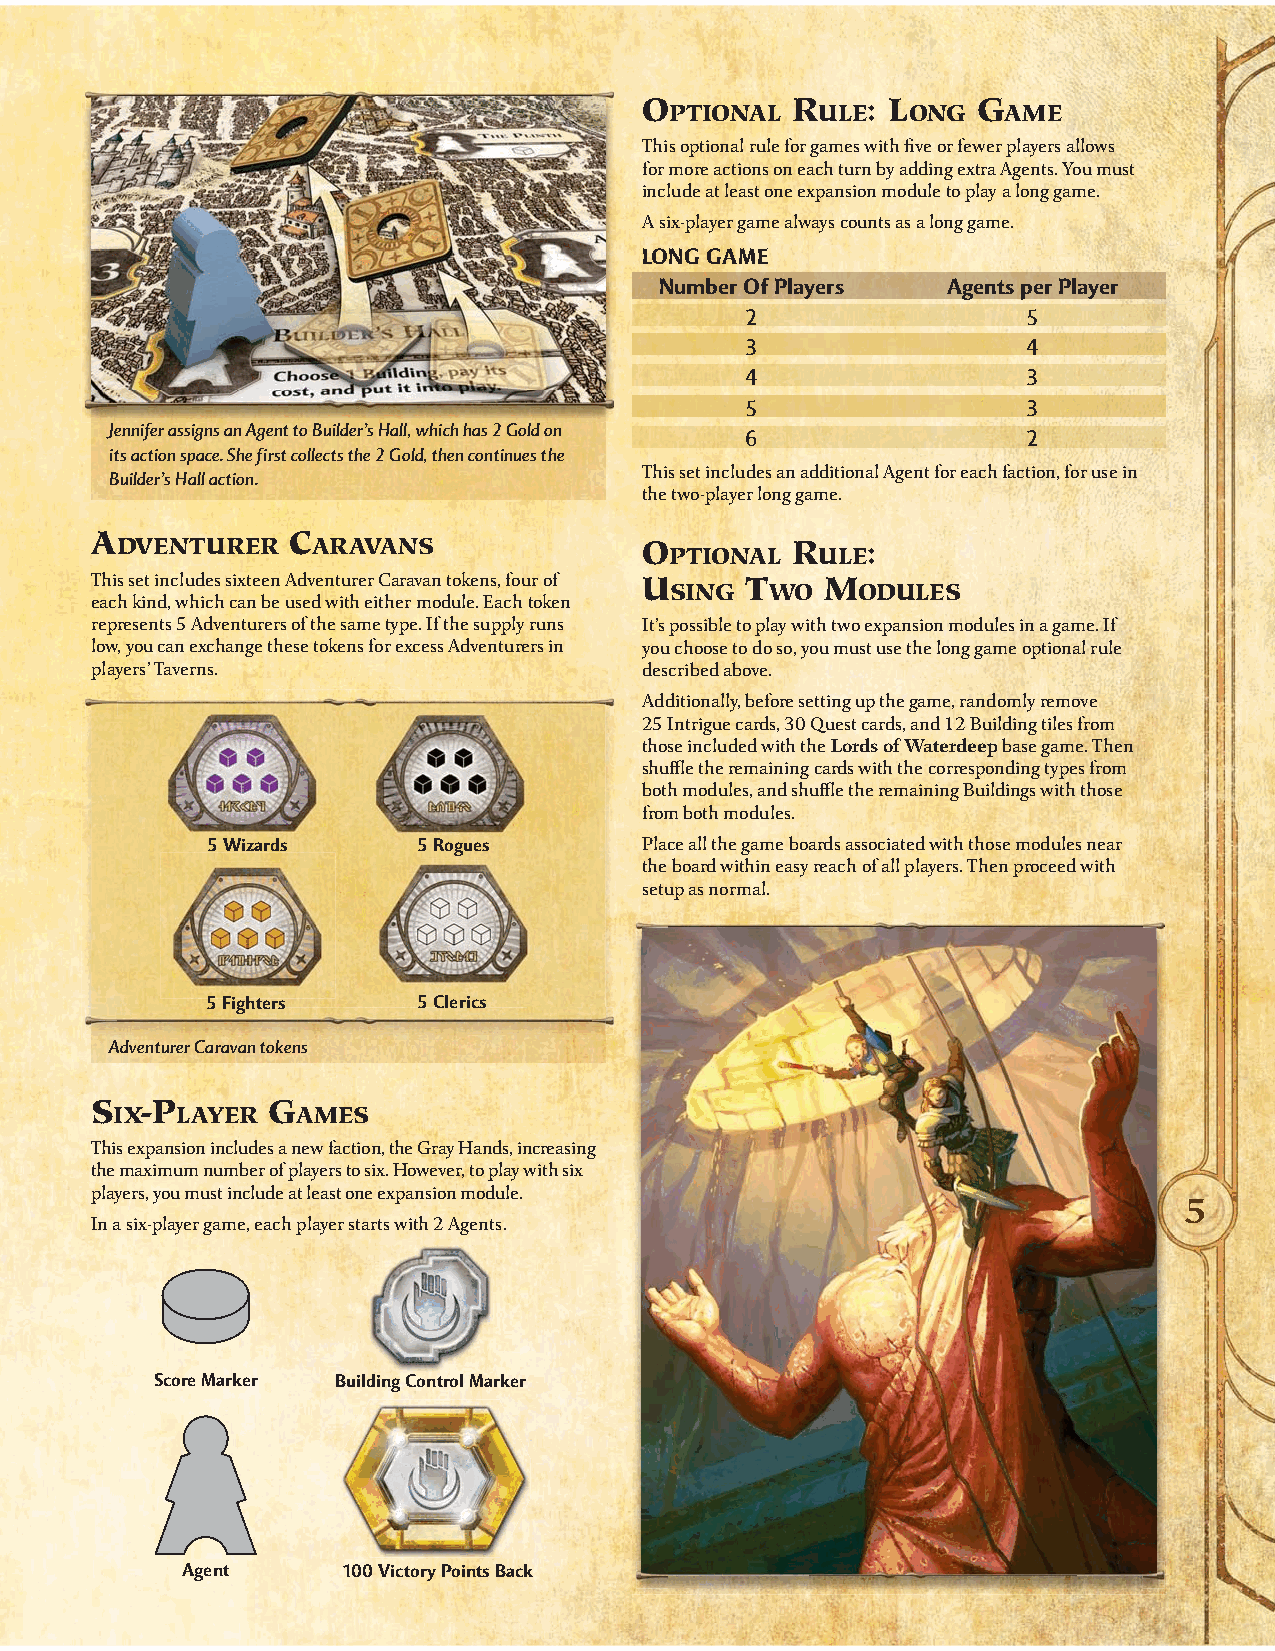
O        R    : L     G
 PTIONAL   ULE   ONG    AME
 This optional rule for games with five or fewer players allows
 for more actions on each turn by adding extra Agents. You must
 include at least one expansion module to play a long game.
 A six-player game always counts as a long game.
 LONG GAME
 Number Of Players  Agents per Player
 2                  5
 3                  4
 4                  3
 5                  3
 Jennifer assigns an Agent to Builder’s Hall, which has 2 Gold on
 6                  2
 its action space. She first collects the 2 Gold, then continues the
 This set includes an additional Agent for each faction, for use in
 Builder’s Hall action.
 the two-player long game.
 A            C
 DVENTURER    ARAVANS               O        R    :
 PTIONAL   ULE
 This set includes sixteen Adventurer Caravan tokens, four of U SING T WO M ODULES
 each kind, which can be used with either module. Each token
 represents 5 Adventurers of the same type. If the supply runs It’s possible to play with two expansion modules in a game. If
 low, you can exchange these tokens for excess Adventurers in you choose to do so, you must use the long game optional rule
 players’ Taverns.                    described above.
 Additionally, before setting up the game, randomly remove
 25 Intrigue cards, 30 Quest cards, and 12 Building tiles from
 those included with the Lords of Waterdeep base game. Then
 shuffle the remaining cards with the corresponding types from
 both modules, and shuffle the remaining Buildings with those
 from both modules.
 5 Wizards     5 Rogues       Place all the game boards associated with those modules near
 the board within easy reach of all players. Then proceed with
 setup as normal.
 5 Fighters    5 Clerics
 Adventurer Caravan tokens
 S  -P       G
 IX   LAYER   AMES
 This expansion includes a new faction, the Gray Hands, increasing
 the maximum number of players to six. However, to play with six
 players, you must include at least one expansion module.                5
 In a six-player game, each player starts with 2 Agents.
 Score Marker Building Control Marker
 Agent      100 Victory Points Back